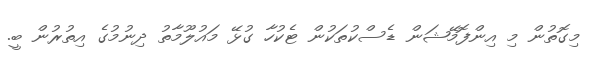
މިގޮތުން މި އިންފޮމޭޝަން ޑެސްކުތަކުން ޓެކުހާ ގުޅޭ މައުލޫމާތު ދިނުމުގެ އިތުރުން ބީ.